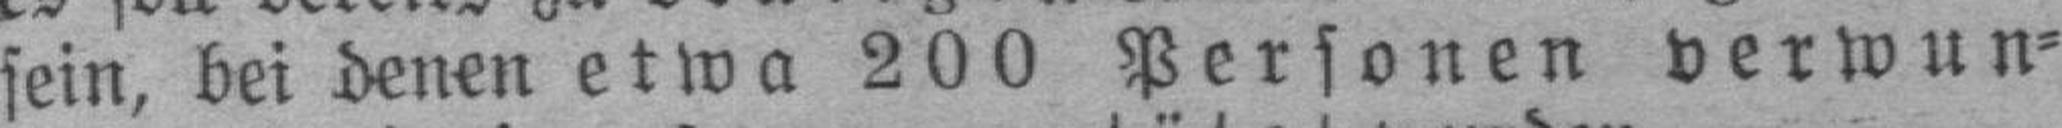
sein, bei denen etwa 200 Personen verwun¬